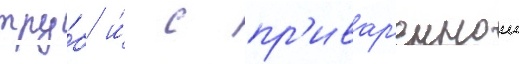
тру́б и́ с пр'ивар'еннои